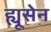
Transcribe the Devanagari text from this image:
ह्यूसेन